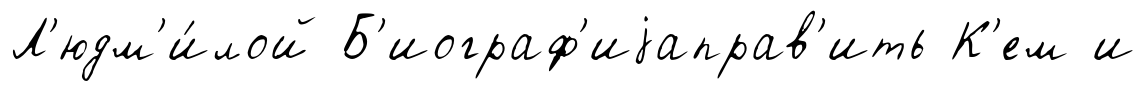
Л'юдм'и́лой Б'иограф'иjаправ'ить К'ем и